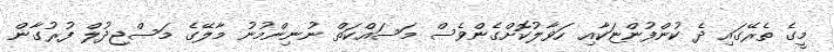
މީގެ ތެރޭގައި ދެ ކުންފުންޏަކާއި ހަވާލުކޮށްގެންވެސް މަސައްކަތް ނުނިންމުނު މާލޭގެ މަސްޖިދުލް ފުރުގާން